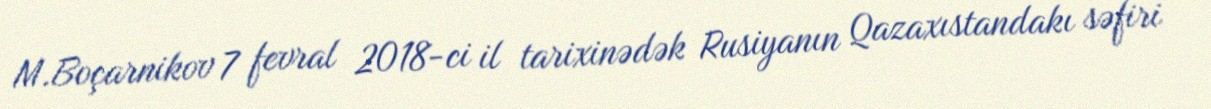
M.Boçarnikov 7 fevral 2018-ci il tarixinədək Rusiyanın Qazaxıstandakı səfiri